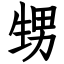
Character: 甥